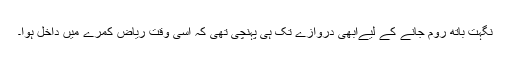
نگہت باتھ روم جانے کے لیےابھی دروازے تک ہی پہنچی تھی کہ اسی وقت ریاض کمرے میں داخل ہوا۔